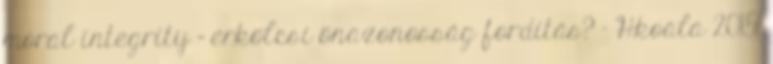
moral integrity = erkölcsi önazonosság fordítás? – Hkoala 2015.